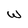
Character: W